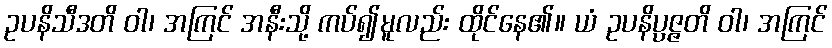
ဥပနိသီဒတိ ဝါ၊ အကြင် အနီးသို့ ကပ်၍မူလည်း ထိုင်နေ၏။ ယံ ဥပနိပ္ပဇ္ဇတိ ဝါ၊ အကြင်